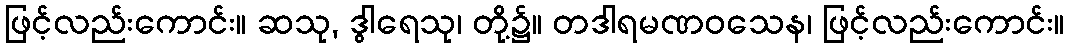
ဖြင့်လည်းကောင်း။ ဆသု, ဒွါရေသု၊ တို့၌။ တဒါရမဏဝသေန၊ ဖြင့်လည်းကောင်း။